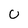
Character: U